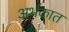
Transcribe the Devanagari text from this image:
अर्भकात